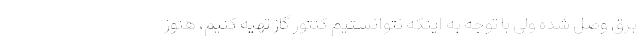
برق وصل شده ولی با توجه به اینکه نتوانستیم کنتور گاز تهیه کنیم، هنوز